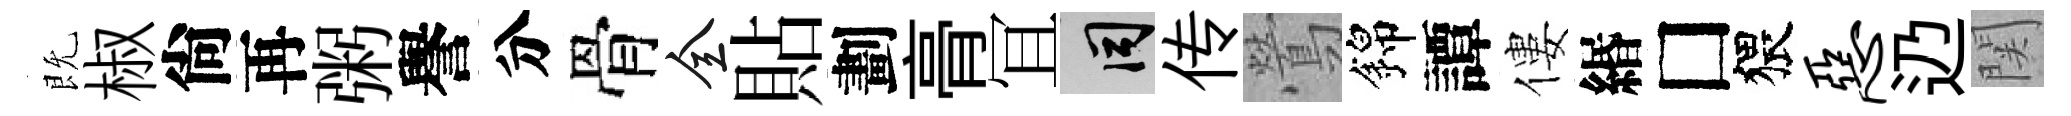
既椒尙再粥譽分骨全貼劃𮌔冝间传鶯錦譚僂緡□猥恶辸関